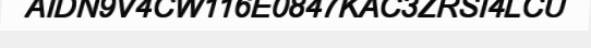
AIDN9V4CW116E0847KAC3ZRSI4LCU